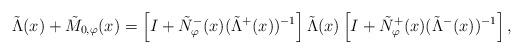
\begin{align*}\tilde{\Lambda}(x) + \tilde{M}_{0,\varphi}(x) = \left[I + \tilde{N}_{\varphi}^{-}(x) (\tilde{\Lambda}^{+}(x))^{-1}\right] \tilde{\Lambda}(x) \left[I + \tilde{N}_{\varphi}^{+}(x) (\tilde{\Lambda}^{-}(x))^{-1}\right],\end{align*}